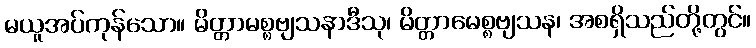
မယူအပ်ကုန်သော။ မိတ္တာမစ္စဗျသနာဒီသု၊ မိတ္တာမေစ္စဗျသန၊ အစရှိသည်တို့တွင်။